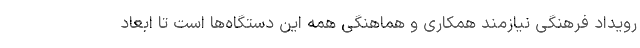
رویداد فرهنگی نیازمند همکاری و هماهنگی همه این دستگاه‌ها است تا ابعاد